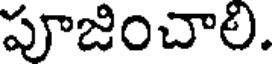
పూజించాలి.